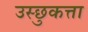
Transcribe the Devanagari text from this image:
उस्छुकत्ता